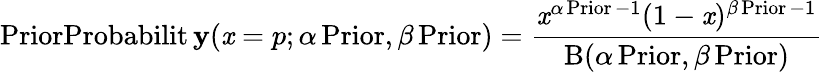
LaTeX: {\operatorname{PriorProbabilit\mathbf{y}}}(\mathit{x}=p;\alpha\operatorname{Prior},\beta\operatorname{Prior})={\frac{{\mathit{x}^{\alpha\operatorname{Prior}-1}(1-\mathit{x})^{\beta\operatorname{Prior}-1}}}{{\mathrm{{B}}(\alpha\operatorname{Prior},\beta\operatorname{Prior})}}}